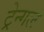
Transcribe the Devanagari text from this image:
ट्रेन्गल